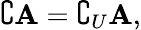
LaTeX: \complement\mathbf{A}=\complement_{U}\mathbf{A},